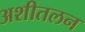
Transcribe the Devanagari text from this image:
अशीतलन